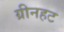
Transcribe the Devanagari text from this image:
ग्रीनहट